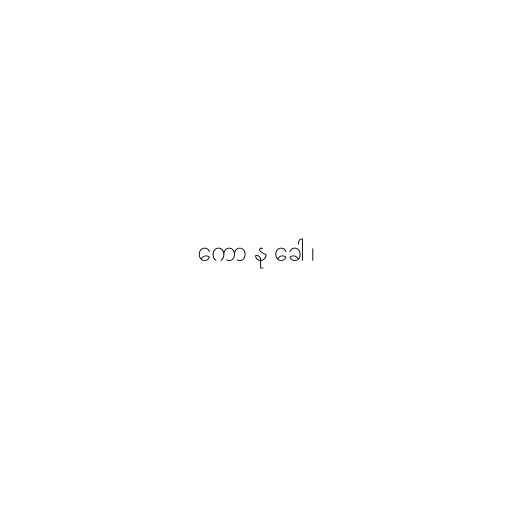
ကော နု ခေါ ၊